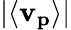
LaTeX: |\langle\mathbf{v_{p}}\rangle|